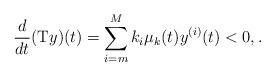
LaTeX: \begin{align*}\frac{d}{dt}(\mathrm{T}y)(t) = \sum_{i=m}^{M} k_i \mu_k(t) y^{(i)}(t)<0, .\end{align*}